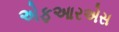
એફઆરએસ